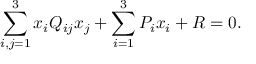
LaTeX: \sum _ { i , j = 1 } ^ { 3 } x _ { i } Q _ { i j } x _ { j } + \sum _ { i = 1 } ^ { 3 } P _ { i } x _ { i } + R = 0 .